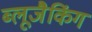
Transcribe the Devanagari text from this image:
ब्लूजैकिंग